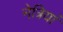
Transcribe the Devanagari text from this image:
नेत्रियां